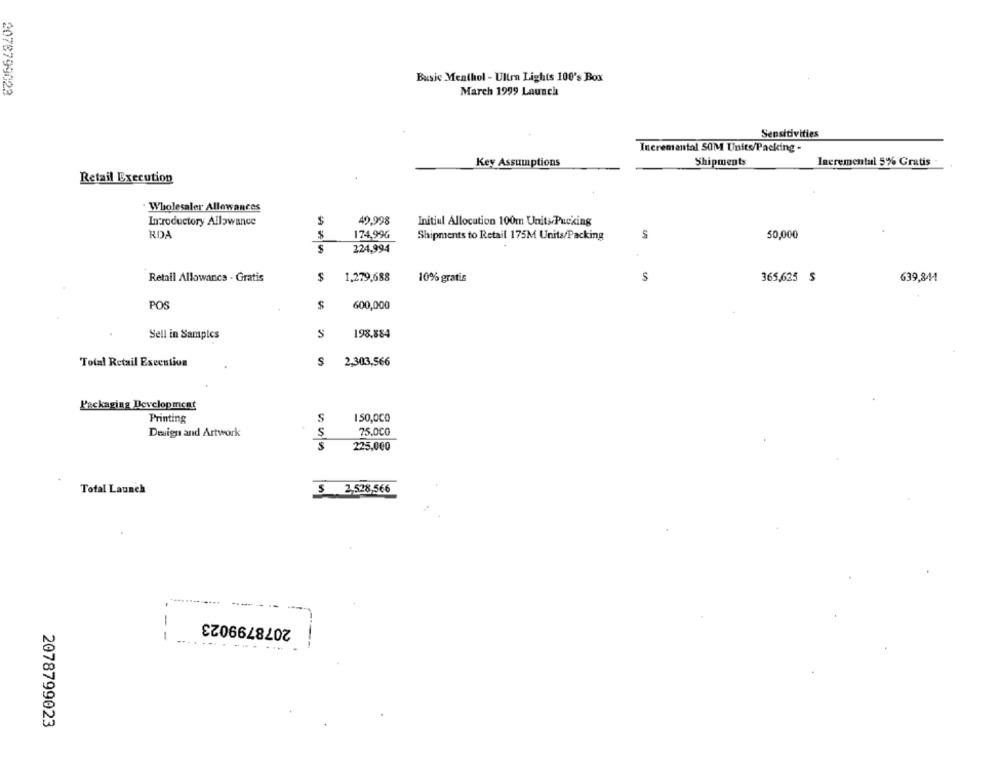
Basic Menthol - Ultra Lights 100's Box
2078799023
March 1999 Launch
Sensitivities
Incremental SOM Units/Packing -
Key Assumptions
Shipments
Incremental 5% Gratis
Retail Execution
Wholesaler Allowances
Introductory Allowance
49.998
Initiul Allocation 100m Units Pucking
RDA
$
174,996
Shipments to Retail 175M Units/Packing
S
50,000
224,994
Retail Allowance - Gratis
$
1,279,688
10% gratis
S
365,625 $
639,844
POS
$
600,000
Sell in Samples
S
198.884
Total Retail Execution
S
2,303,566
Packaging Development
Printing
S
150,000
Design and Artwork
75.000
225,000
Total Launch
$ 2,528,566
2078799023
-
2078799023